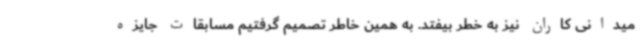
میدانی کاران نیز به خطر بیفتد. به همین خاطر تصمیم گرفتیم مسابقات جایزه